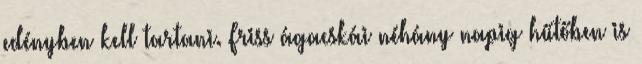
edényben kell tartani. Friss ágacskái néhány napig hűtőben is